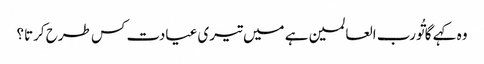
وہ کہے گا تُورب العالمین ہے میں تیری عیادت کس طرح کرتا؟